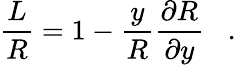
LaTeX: \frac{L}{R}=1-\frac{y}{R}\frac{\partial R}{\partial y}\; \; \; .